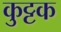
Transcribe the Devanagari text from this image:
कुुट्टक